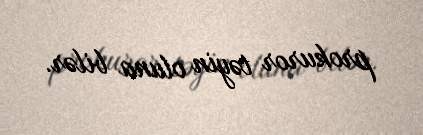
prokuror təyin oluna bilər.